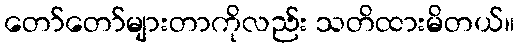
တော်တော်များတာကိုလည်း သတိထားမိတယ်။